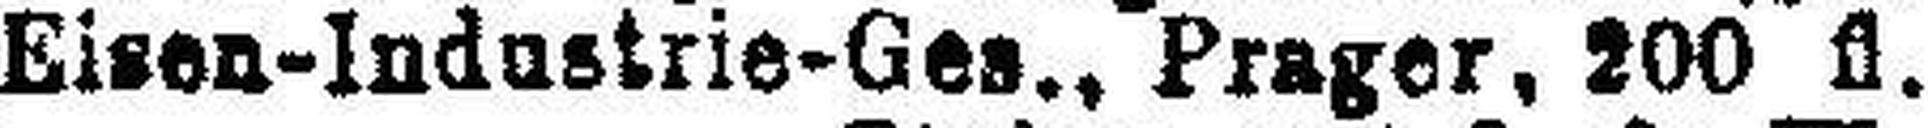
Eisen-Industrie-Ges., Prager, 200 fl.